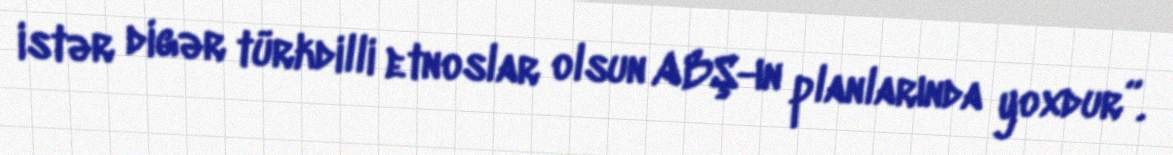
istər digər türkdilli etnoslar olsun ABŞ-ın planlarında yoxdur”.